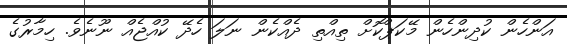
އަންހެން ކުދިންހެން މޭކަޕްކޮށް ތިއްތި ދެއްކެން ނަލަ ހެދޭ ކުއްޖެއް ނޫނެވެ. ހިމާރުގެ